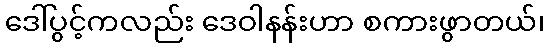
ဒေါ်ပွင့်ကလည်း ဒေဝါနန်းဟာ စကားဖွာတယ်၊